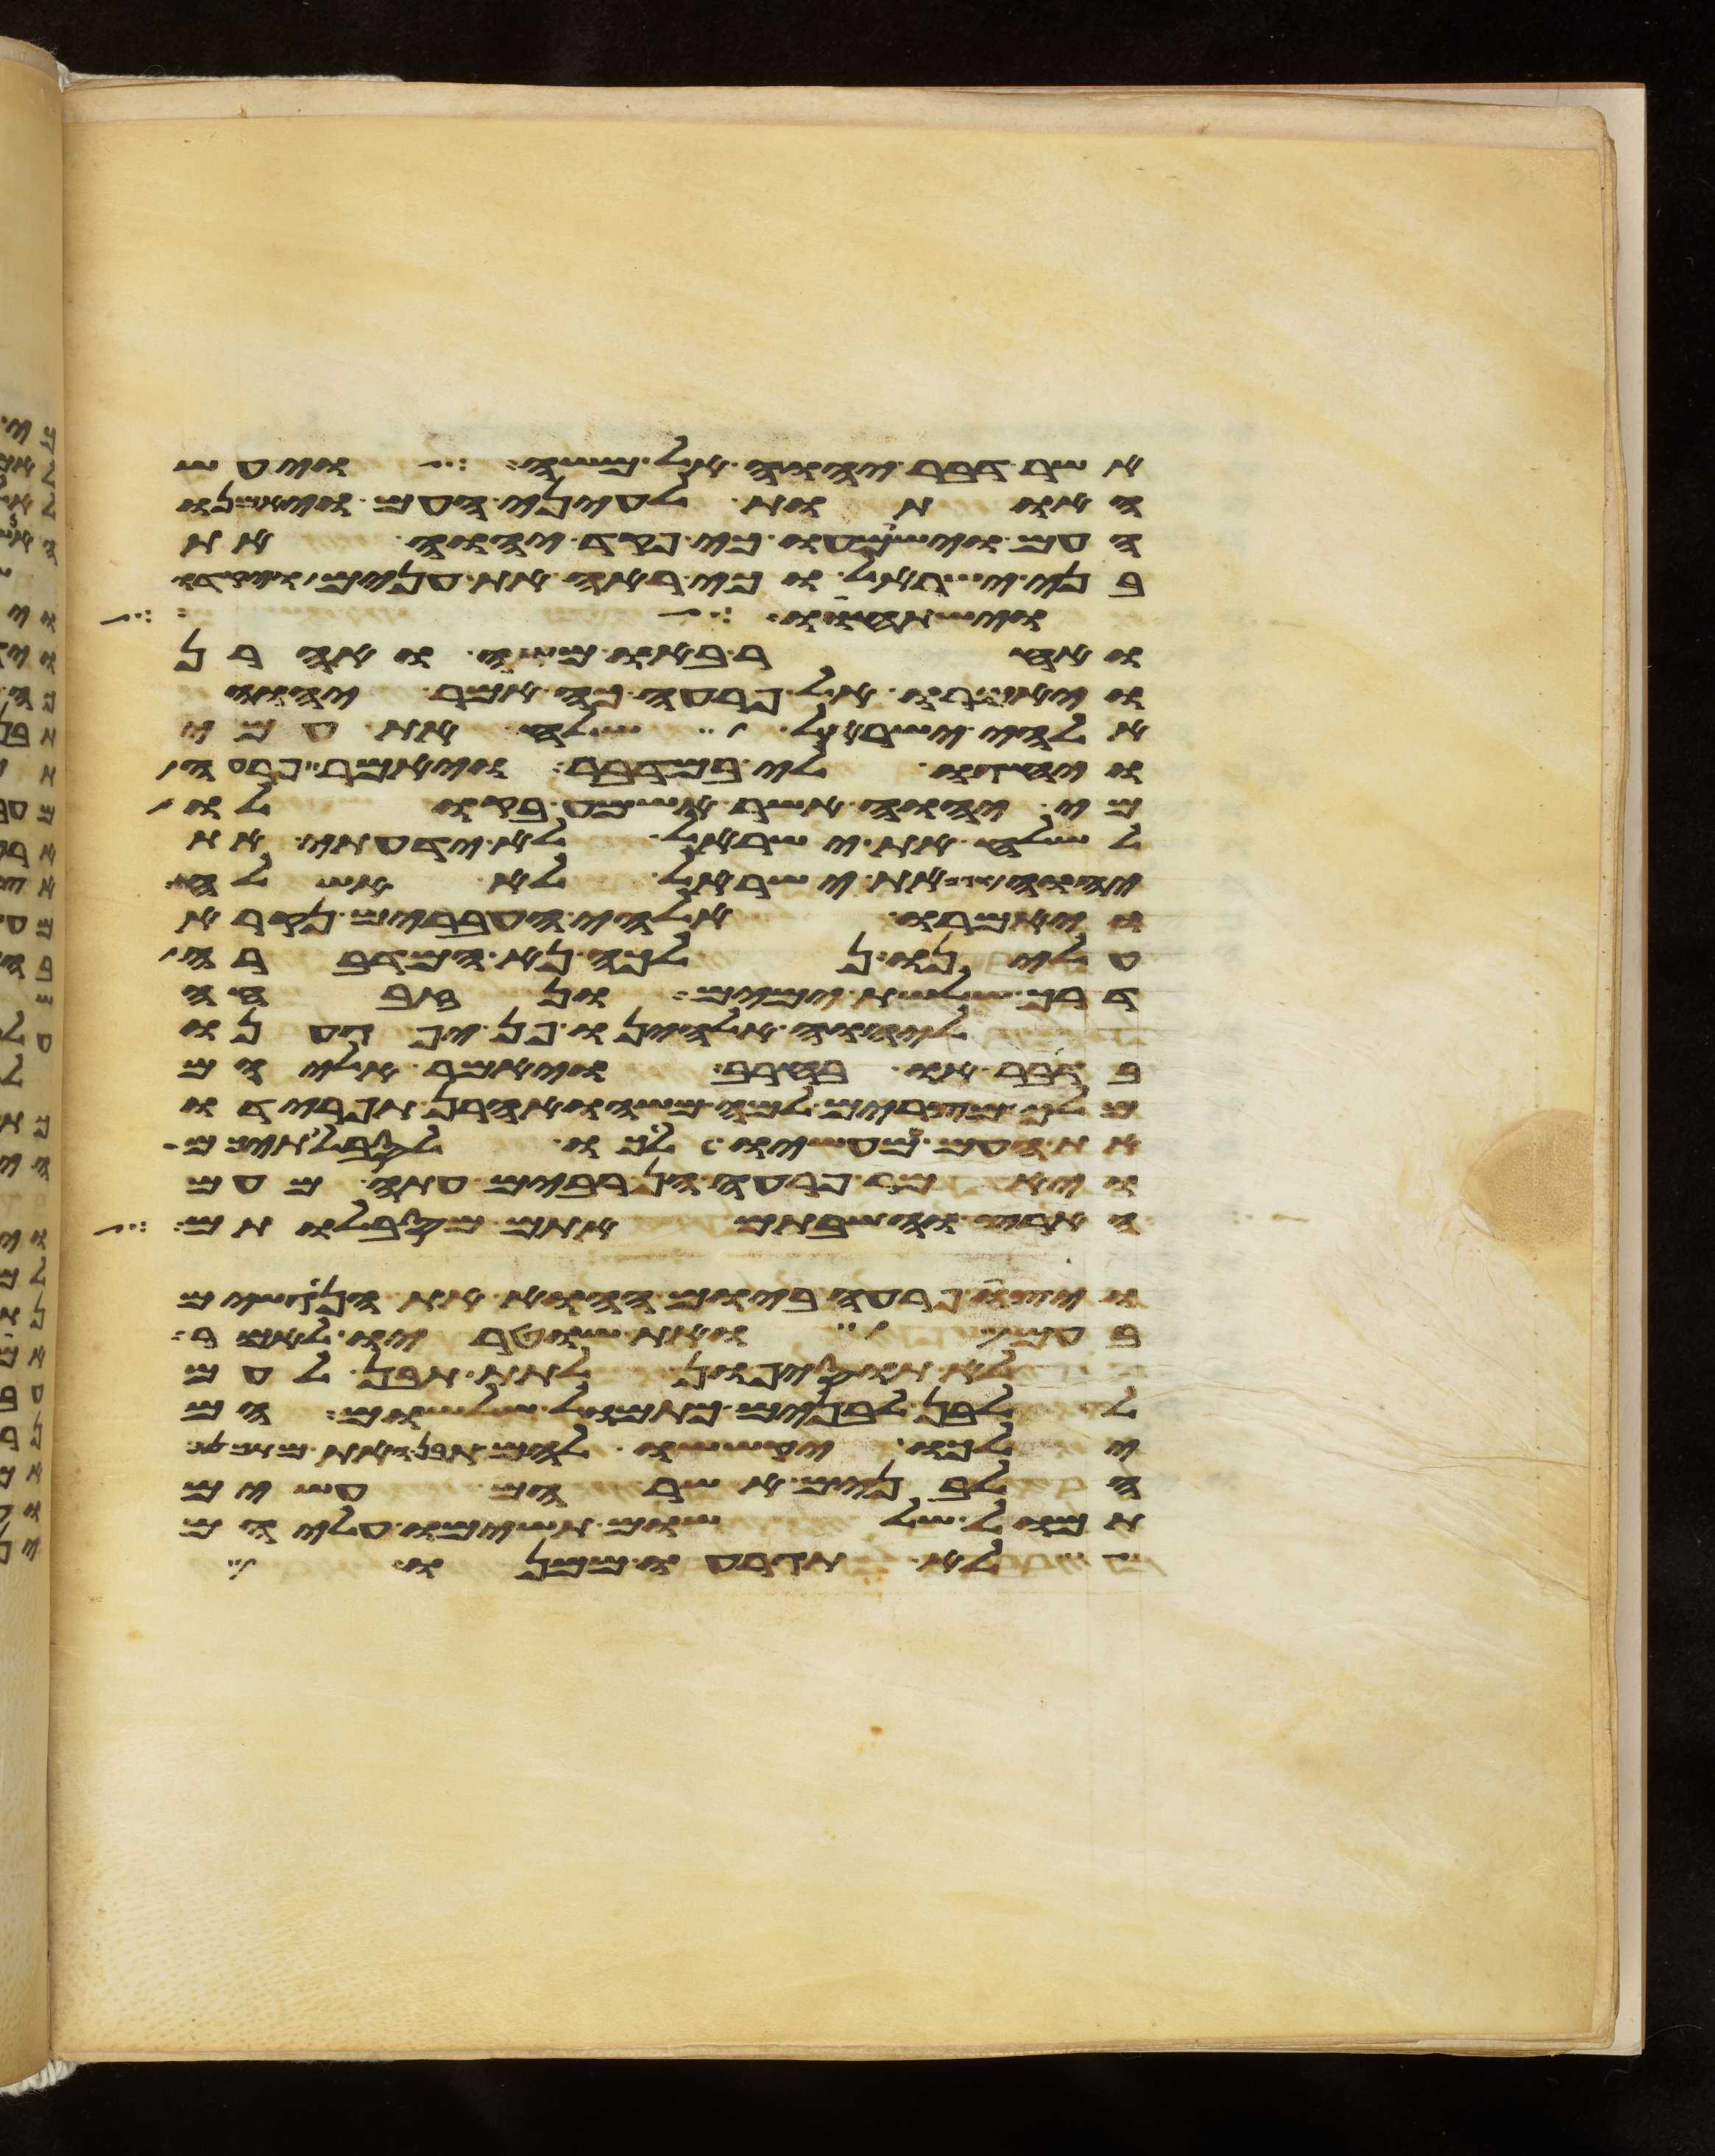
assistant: אשר דבר יהוה אל משה ויעש
האתות לעיני העם ויאמנו
העם וישמעו כי פקד יהוה את
בני ישראל וכי ראה את ענים ויקדו
וישתחוו לך
ואחר באו משה ואהרן
ויאמרו אל פרעה כה אמר יהוה
אלהי ישראל שלח את עמי
ויחגו לי במדבר ויאמר פרעה
מי יהוה אשר אשמע בקולו
לשלח את ישראל לא ידעתי את
יהוה וגם את ישראל לא אשלח
ויאמרו אלהי העברים נקרא
עלינו נלכה נא המדברה
דרך שלשת ימים ונזבחה
ליהוה אלהינו פן יפגענו
בדבר או בחרב ויאמר אליהם
מלך מצרים למה משה ואהרן תפרידו
את העם ממעשיו לכו לסבלתיכם
ויאמר פרעה הן רבים עתה מעם
הארץ והשבתם אתם מסבלותם
ויצו פרעה ביום ההוא את הנגשים
בעם ואת שוטריו לאמר
לא תוסיפון לתת תבן לעם
ללבן לבנים כתמול שלשום הם
ילכו יקששו להם תבן ואת מתכנת
הלבנים אשר הם עשים
תמול שלשום תשימו עליהם
לא תגרעו ממנו